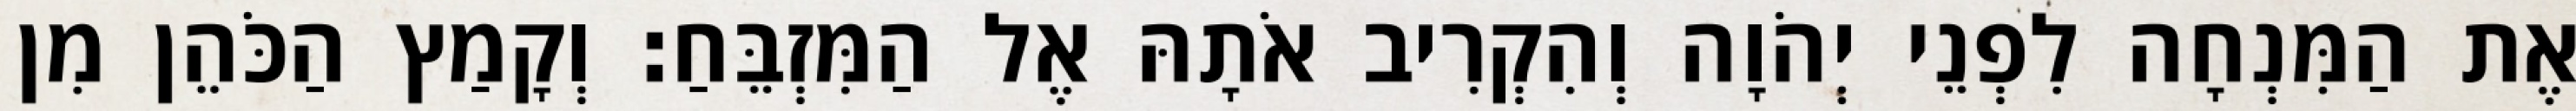
אֶת הַמִּנְחָה לִפְנֵי יְהֹוָה וְהִקְרִיב אֹתָהּ אֶל הַמִּזְבֵּחַ׃ וְקָמַץ הַכֹּהֵן מִן